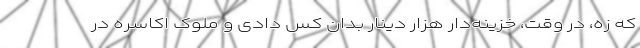
که زه، در وقت، خزینه‌دار هزار دینار بدان کس دادی و ملوک اکاسره در